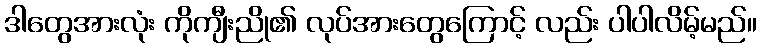
ဒါတွေအားလုံး ကိုကျီးညို၏ လုပ်အားတွေကြောင့် လည်း ပါပါလိမ့်မည်။